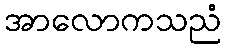
အာလောကသညံ